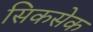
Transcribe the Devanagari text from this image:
सिकसेक